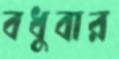
বধুবার